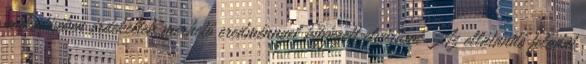
működésében érdekeltek mérhető eredménnyel kifejezett elvárásai Az ellátandó feladat